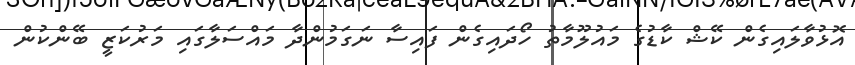
އޮޅުވާލައިގެން ކޭޝް ކާޑުގެ މައުލޫމާތު ހޯދައިގެން ފައިސާ ނަގަމުންދާ މައްސަލާގައި މަރުކަޒީ ބޭންކުން